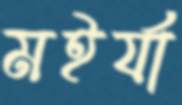
মইর্যা